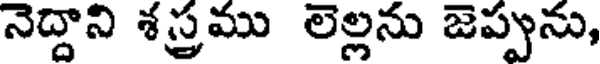
నెద్దాని శస్త్రము లెల్లను జెప్పును,